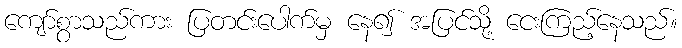
ကျော်စွာသည်ကား ပြတင်းပေါက်မှ နေ၍ အပြင်သို့ ငေးကြည့်နေသည်။